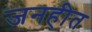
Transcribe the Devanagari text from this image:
जनहीत